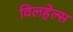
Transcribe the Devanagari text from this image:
विलहेल्स